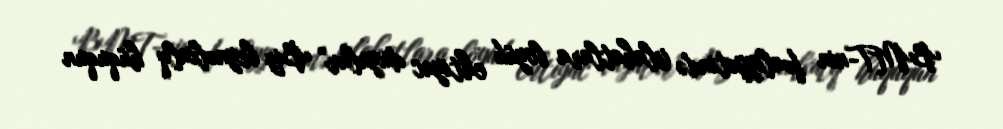
BMT-nin fəaliyyətində islahatlara böyük ehtiyac duyulur" Biz beynəlxalq hüququn